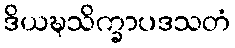
ဒိယဍ္ဎသိက္ခာပဒသတံ